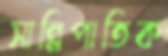
সান্নিপাতিক